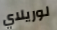
لوريلاي